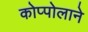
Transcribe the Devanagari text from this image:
कोप्पोलाने